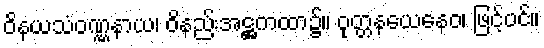
ဝိနယသံဝဏ္ဏနာယ၊ ဝိနည်းအဋ္ဌကထာ၌။ ဝုတ္တနယေနေဝ၊ ဖြင့်ပင်။